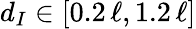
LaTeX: d_{I}\in[0.2\, \ell,1.2\, \ell]